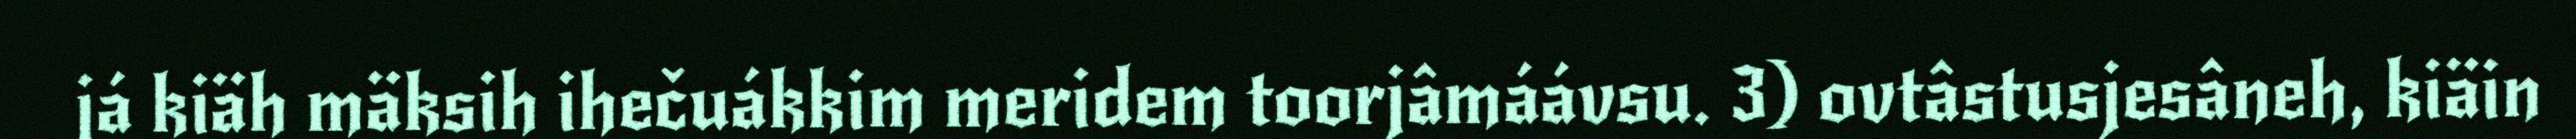
já kiäh mäksih ihečuákkim meridem toorjâmáávsu. 3) ovtâstusjesâneh, kiäin